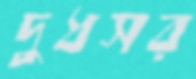
দুধসর